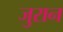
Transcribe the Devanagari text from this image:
जुरान